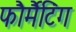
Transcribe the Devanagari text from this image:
फौर्मैटिंग